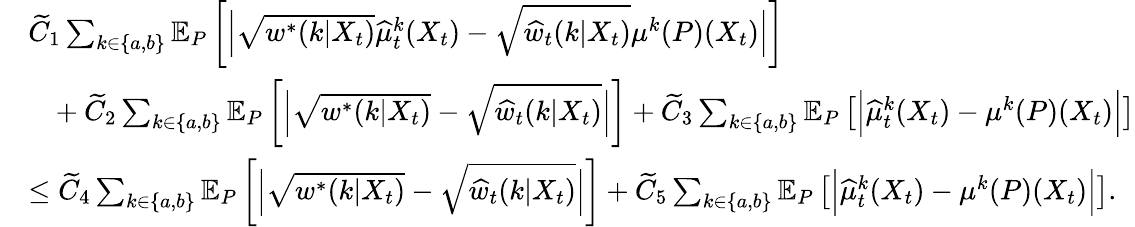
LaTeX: \begin{array}{rl}&{\widetilde{C}_{1}\sum_{k\in\{ a,b\} }\mathbb{E}_{P}\left[\Big|\sqrt{w^{*}(k|X_{t})}\widehat{\mu}_{t}^{k}(X_{t})-\sqrt{\widehat{w}_{t}(k|X_{t})}\mu^{k}(P)(X_{t})\Big|\right]}\\ &{\ \ \ +\widetilde{C}_{2}\sum_{k\in\{ a,b\} }\mathbb{E}_{P}\left[\Big|\sqrt{w^{*}(k|X_{t})}-\sqrt{\widehat{w}_{t}(k|X_{t})}\Big|\right]+\widetilde{C}_{3}\sum_{k\in\{ a,b\} }\mathbb{E}_{P}\left[\Big|\widehat{\mu}_{t}^{k}(X_{t})-\mu^{k}(P)(X_{t})\Big|\right]}\\ &{\leq\widetilde{C}_{4}\sum_{k\in\{ a,b\} }\mathbb{E}_{P}\left[\Big|\sqrt{w^{*}(k|X_{t})}-\sqrt{\widehat{w}_{t}(k|X_{t})}\Big|\right]+\widetilde{C}_{5}\sum_{k\in\{ a,b\} }\mathbb{E}_{P}\left[\Big|\widehat{\mu}_{t}^{k}(X_{t})-\mu^{k}(P)(X_{t})\Big|\right].}\end{array}